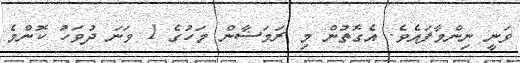
ވަނީ ނިންމާފައެވެ. އެގޮތުން މި ރަމަޟާން މަހުގެ 1 ވަނަ ދުވަހު ކޮންމެ